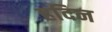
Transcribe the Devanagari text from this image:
हदिन